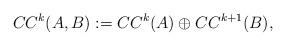
LaTeX: \begin{align*}CC^k(A,B):=CC^k(A)\oplus CC^{k+1}(B),\end{align*}